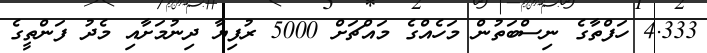
4.333 ހަފްތާގެ ނިސްބަތުން މަހެއްގެ މައްޗަށް 5000 ރުފިޔާ ދިނުމަށާއި މެދު ފަންތީގެ